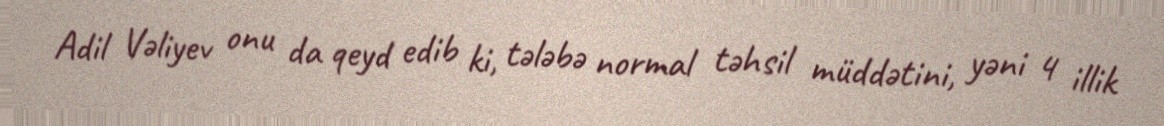
Adil Vəliyev onu da qeyd edib ki, tələbə normal təhsil müddətini, yəni 4 illik